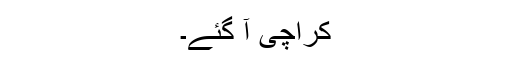
کراچی آ گئے۔